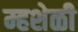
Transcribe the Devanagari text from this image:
म्हशेळी